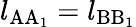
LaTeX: l_{\mathrm{AA_{1}}}=l_{\mathrm{BB_{1}}}